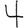
Digit: 4